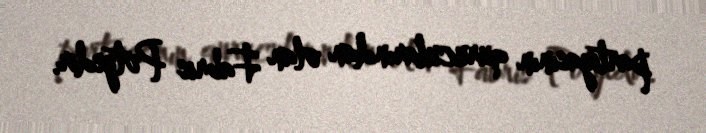
partiyasının qurucularından olan Fabris Potyedir.